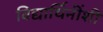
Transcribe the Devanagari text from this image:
विद्यार्थिनींशी